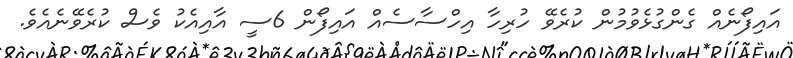
އައިފޯނެއް ގެންގުޅެވުމުން ކުރެވޭ ހުރިހާ އިހްސާސެއް އައިފޯން 6ސީ އާއިއެކު ވެސް ކުރެވޭނެއެވެ.